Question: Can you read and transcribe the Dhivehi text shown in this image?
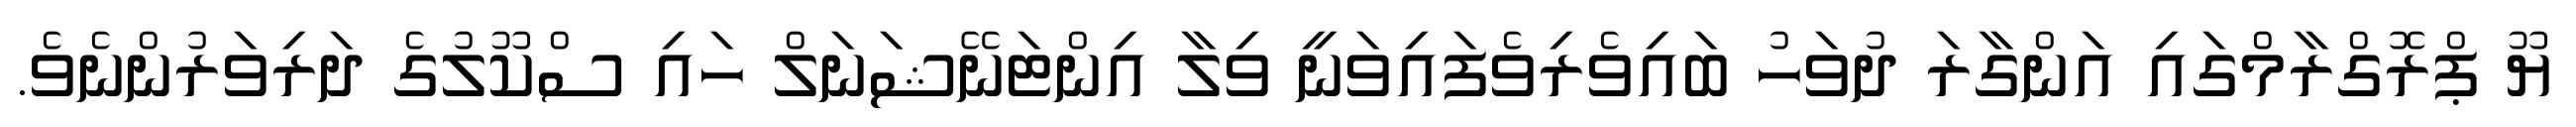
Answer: ޔޫ ޕްރޮގްރާމްގައި އަންގާރަ ދުވަހު ބައިވެރިވެފައިވަނީ ވިލާ އިންޓަނޭޝަނަލް ހައި ސްކޫލުގެ ދަރިވަރުންނެވެ.